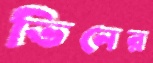
ভিনের